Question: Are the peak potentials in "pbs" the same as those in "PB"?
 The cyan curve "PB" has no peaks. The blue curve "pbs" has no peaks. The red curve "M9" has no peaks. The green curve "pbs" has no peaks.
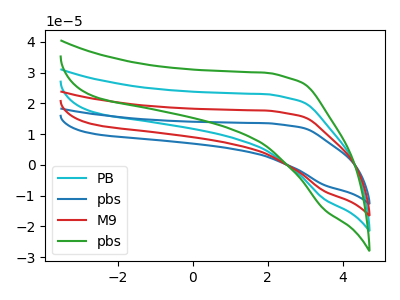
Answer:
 <answer>Niether CV has any peaks.</answer>
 <eval>blanks</eval>